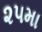
૨૫મા